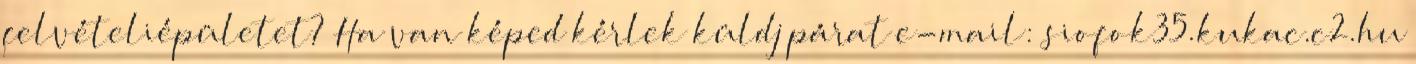
felvételiépületet? Ha van képed kérlek küldj párat e-mail: siofok35.kukac.c2.hu